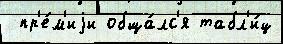
 пр'е́м'иjи обща́лс'я табл'и́ц